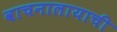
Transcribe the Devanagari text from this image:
वाचनालायाची